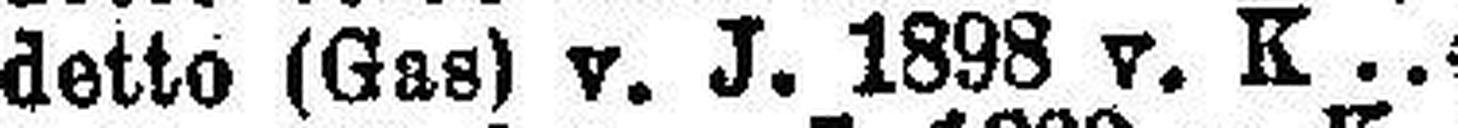
detto (Gas) v. J. 1898 v. K 4